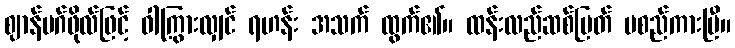
ဈာန်မဂ်ဖိုလ်ဖြင့် ဝါကြွားလျှင် ရဟန်း အသက် ထွက်၏။ ထန်းလည်ဆစ်ပြတ် မစည်ကားပြီ။